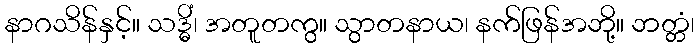
နာဂသိန်နှင့်။ သဒ္ဓိံ၊ အတူတကွ။ သွာတနာယ၊ နက်ဖြန်အဘို့။ ဘတ္တံ၊